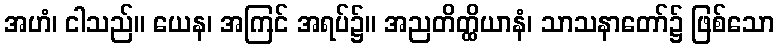
အဟံ၊ ငါသည်။ ယေန၊ အကြင် အရပ်၌။ အညတိတ္ထိယာနံ၊ သာသနာတော်၌ ဖြစ်သော